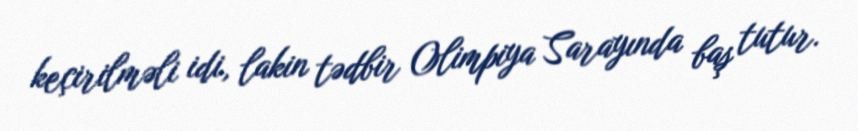
keçirilməli idi, lakin tədbir Olimpiya Sarayında baş tutur.